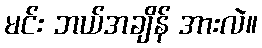
မင်း ဘယ်အချိန် အားလဲ။